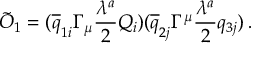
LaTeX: \tilde { { \cal O } } _ { 1 } = ( \overline { { { q } } } _ { 1 i } \Gamma _ { \mu } \frac { \lambda ^ { a } } { 2 } Q _ { i } ) ( \overline { { { q } } } _ { 2 j } \Gamma ^ { \mu } \frac { \lambda ^ { a } } { 2 } q _ { 3 j } ) \, .